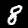
Label: 8